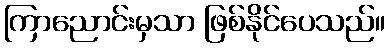
ကြာညောင်းမှသာ ဖြစ်နိုင်ပေသည်။